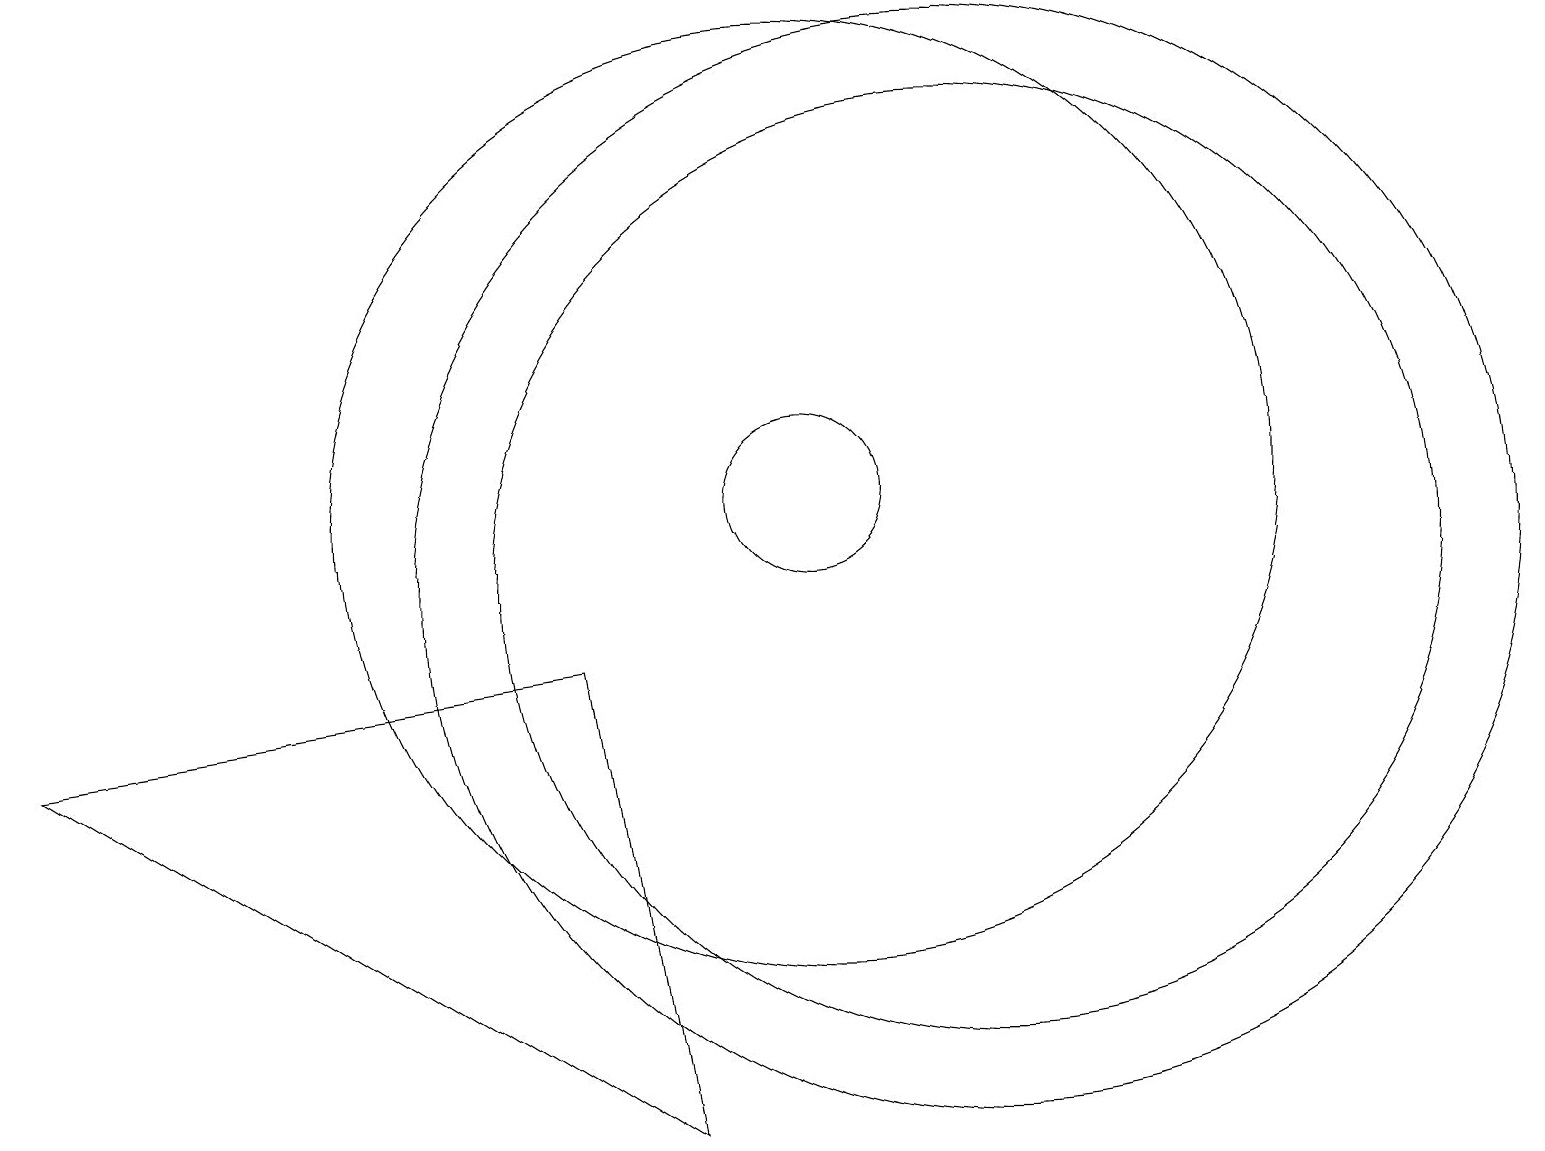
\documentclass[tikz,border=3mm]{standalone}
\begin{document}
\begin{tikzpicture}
\draw (12,10) circle (6);
\draw (12,10) circle (7);
\draw (10,11) circle (6);
\draw (0,8) -- (7,9) -- (8,3) -- cycle;
\draw (10,11) circle (1);
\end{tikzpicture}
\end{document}